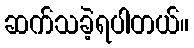
ဆက်သခဲ့ရပါတယ်။